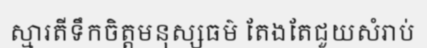
ស្មារតីទឹកចិត្តមនុស្សធម៌ តែងតែជួយសំរាប់